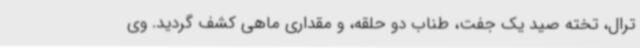
ترال، تخته صید یک جفت، طناب دو حلقه، و مقداری ماهی کشف گردید. وی